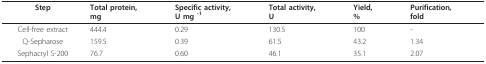
<table><thead><tr><td><b>Step</b></td><td><b>Total protein,mg</b></td><td><b>Specific activity,U mg <sup>-1</sup></b></td><td><b>Total activity,U</b></td><td><b>Yield,%</b></td><td><b>Purification,fold</b></td></tr></thead><tbody><tr><td>Cell-free extract</td><td>444.4</td><td>0.29</td><td>130.5</td><td>100</td><td>-</td></tr><tr><td>Q-Sepharose</td><td>159.5</td><td>0.39</td><td>61.5</td><td>43.2</td><td>1.34</td></tr><tr><td>Sephacryl S-200</td><td>76.7</td><td>0.60</td><td>46.1</td><td>35.1</td><td>2.07</td></tr></tbody></table>